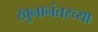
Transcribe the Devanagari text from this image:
खुनानंतरच्या